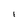
Character: i